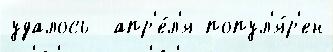
удалось  апр'е́л'я попул'я́р'ен